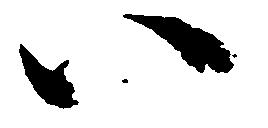
い